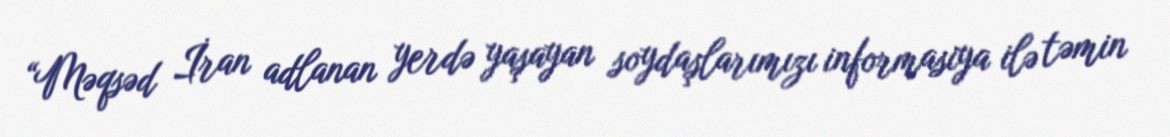
“Məqsəd İran adlanan yerdə yaşayan soydaşlarımızı informasiya ilə təmin